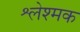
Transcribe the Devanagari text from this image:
श्लेश्मक